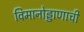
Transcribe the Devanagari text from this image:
विमानोड्डाणाची